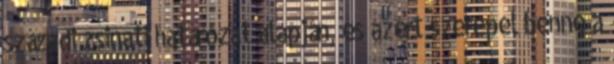
századi zsinati határozat alapján, és azért szerepel benne a